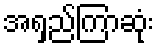
အရှည်ကြာဆုံး